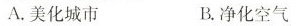
A.美化城市 B.净化空气